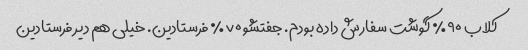
کلاب ۹۰٪ گوشت سفارش داده بودم. جفتشو ۷۰٪ فرستادین. خیلی هم دیر فرستادین